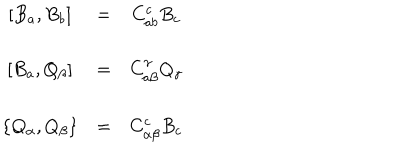
LaTeX: \begin{array} { c c c } { { \left[ B _ { a } , B _ { b } \right] } } & { { = } } & { { C _ { a b } ^ { c } B _ { c } } } \\ { { } } & { { } } & { { } } \\ { { \left[ B _ { a } , Q _ { \beta } \right] } } & { { = } } & { { C _ { a \beta } ^ { \gamma } Q _ { \gamma } } } \\ { { } } & { { } } & { { } } \\ { { \left\{ Q _ { \alpha } , Q _ { \beta } \right\} } } & { { = } } & { { C _ { \alpha \beta } ^ { c } B _ { c } } } \\ \end{array}